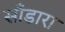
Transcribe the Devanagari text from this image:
साँडारा